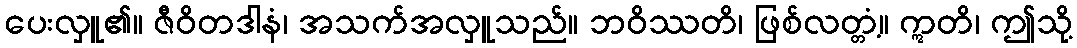
ပေးလှူ၏။ ဇီဝိတဒါနံ၊ အသက်အလှူသည်။ ဘဝိဿတိ၊ ဖြစ်လတ္တံ့။ ဣတိ၊ ဤသို့